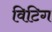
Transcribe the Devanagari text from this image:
विटिग